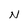
Character: N